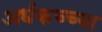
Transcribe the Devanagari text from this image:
अर्धकच्च्या